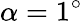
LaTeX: \alpha=1^{\circ}